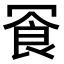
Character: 𪞓